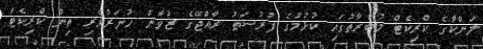
ލަންކާގެ ކްރިކެޓް މުބާރާތުގައި ކުޅުމުގެ ފުރުސަތު ރާއްޖޭގެ ޒުވާން ހުނަރުވެރި ތިން ކްރިކެޓް